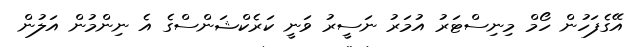
އޭގެފަހުން ހޯމް މިނިސްޓަރު އުމަރު ނަސީރު ވަނީ ކަރެކްޝަންސްގެ އެ ނިންމުން އަލުން